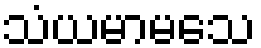
သံယမာမသေ